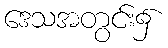
ဒေသအတွင်း၌